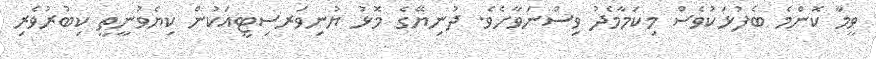
ވީމާ ކޮންމެ ބެފުޅަކުވެސް މިކަމާމެދު ވިސްނަވާށެވެ. ދުނިޔޭގެ މޮޅު ޔުނިވަރސިޓީއަކުން ކިޔެވުނީތީ ކިބުރުވެރި